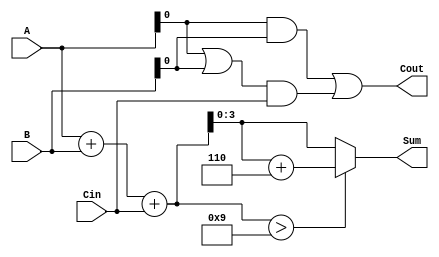
module BCD_Carry_Lookahead_Adder (
    input [3:0] A,         // First BCD digit
    input [3:0] B,         // Second BCD digit
    input Cin,             // Carry-in
    output reg [3:0] Sum,  // BCD sum result
    output reg Cout        // Carry-out
);

    wire [4:0] S;          // Intermediate sum (5 bits to capture overflow)
    wire P;                // Propagate signal
    wire G;                // Generate signal
    wire correction;       // Correction needed signal

    // Step 1: Initial sum calculation
    assign S = A + B + Cin;

    // Step 2: Carry generation and propagation
    assign P = A | B;      // Propagate
    assign G = A & B;      // Generate

    // Step 3: Carry lookahead logic
    always @(*) begin
        Cout = G | (P & Cin);  // Calculate carry out
    end

    // Step 4: BCD correction logic
    assign correction = (S > 9); // Check if correction is needed

    // Step 5: Final BCD sum calculation
    always @(*) begin
        if (correction) begin
            Sum = S + 4'b0110; // Add 6 if correction is needed
        end else begin
            Sum = S[3:0]; // No correction needed
        end
    end

endmodule